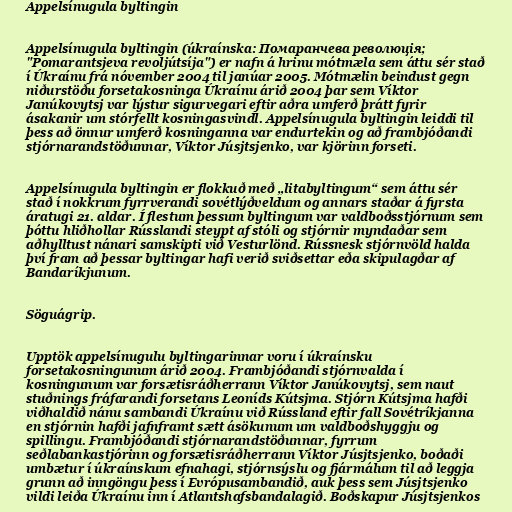
Appelsínugula byltingin

Appelsínugula byltingin (úkraínska: Помаранчева революція;
"Pomarantsjeva revoljútsíja") er nafn á hrinu mótmæla sem áttu sér stað
í Úkraínu frá nóvember 2004 til janúar 2005. Mótmælin beindust gegn
niðurstöðu forsetakosninga Úkraínu árið 2004 þar sem Víktor
Janúkovytsj var lýstur sigurvegari eftir aðra umferð þrátt fyrir
ásakanir um stórfellt kosningasvindl. Appelsínugula byltingin leiddi til
þess að önnur umferð kosninganna var endurtekin og að frambjóðandi
stjórnarandstöðunnar, Víktor Júsjtsjenko, var kjörinn forseti.

Appelsínugula byltingin er flokkuð með „litabyltingum“ sem áttu sér
stað í nokkrum fyrrverandi sovétlýðveldum og annars staðar á fyrsta
áratugi 21. aldar. Í flestum þessum byltingum var valdboðsstjórnum sem
þóttu hliðhollar Rússlandi steypt af stóli og stjórnir myndaðar sem
aðhylltust nánari samskipti við Vesturlönd. Rússnesk stjórnvöld halda
því fram að þessar byltingar hafi verið sviðsettar eða skipulagðar af
Bandaríkjunum.

Söguágrip.

Upptök appelsínugulu byltingarinnar voru í úkraínsku
forsetakosningunum árið 2004. Frambjóðandi stjórnvalda í
kosningunum var forsætisráðherrann Víktor Janúkovytsj, sem naut
stuðnings fráfarandi forsetans Leoníds Kútsjma. Stjórn Kútsjma hafði
viðhaldið nánu sambandi Úkraínu við Rússland eftir fall Sovétríkjanna
en stjórnin hafði jafnframt sætt ásökunum um valdboðshyggju og
spillingu. Frambjóðandi stjórnarandstöðunnar, fyrrum
seðlabankastjórinn og forsætisráðherrann Víktor Júsjtsjenko, boðaði
umbætur í úkraínskum efnahagi, stjórnsýslu og fjármálum til að leggja
grunn að inngöngu þess í Evrópusambandið, auk þess sem Júsjtsjenko
vildi leiða Úkraínu inn í Atlantshafsbandalagið. Boðskapur Júsjtsjenkos